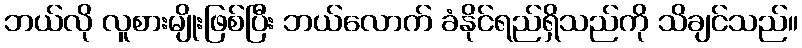
ဘယ်လို လူစားမျိုးဖြစ်ပြီး ဘယ်လောက် ခံနိုင်ရည်ရှိသည်ကို သိချင်သည်။